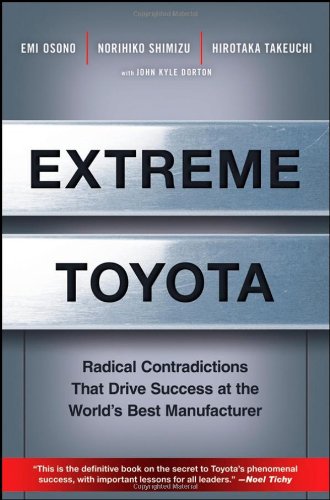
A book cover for Extreme Toyota: Radical Contradictions That Drive Success at the World's Best Manufacturer; Emi Osono; Business & Money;